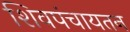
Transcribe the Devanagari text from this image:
शिवपंचायतन